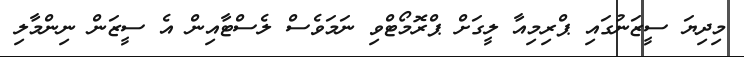
މިދިޔަ ސީޒަނުގައި ޕްރިމިއާ ލީގަށް ޕްރޮމޯޓްވި ނަމަވެސް ލެސްޓާއިން އެ ސީޒަން ނިންމާލި